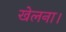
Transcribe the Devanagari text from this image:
खेलना।